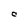
Character: C